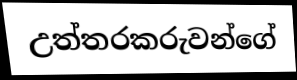
උත්තරකරුවන්ගේ